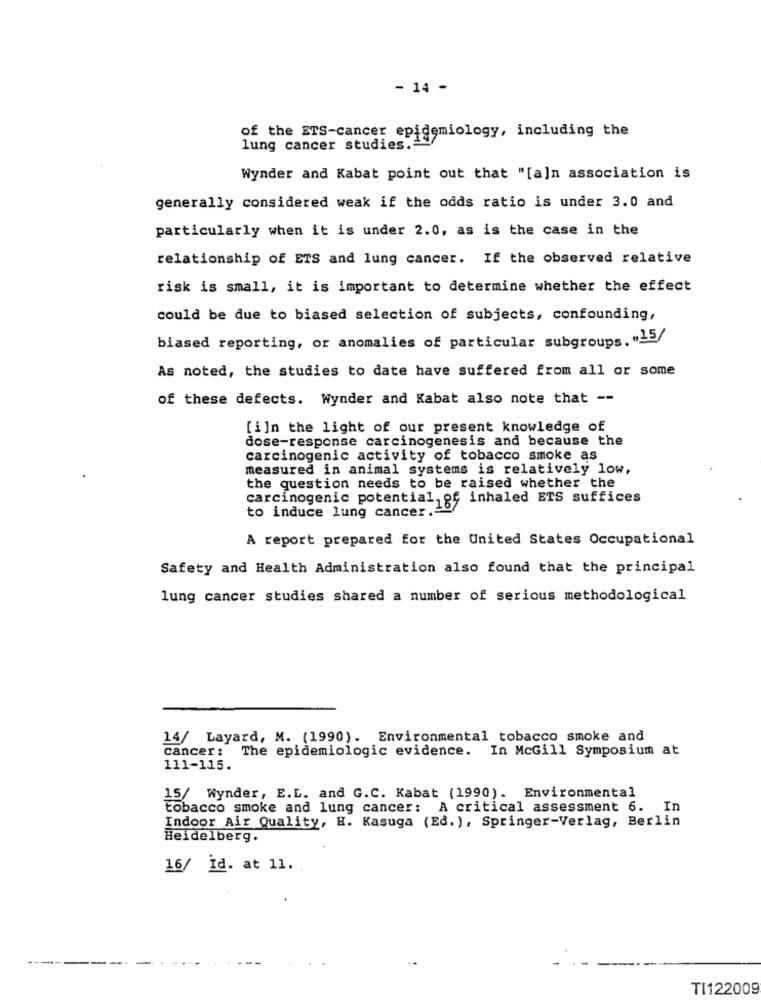
- 14 -
of the ETS-cancer epidemiology, including the
lung cancer studies.
Wynder and Kabat point out that "[a]n association is
generally considered weak if the odds ratio is under 3.0 and
particularly when it is under 2.0, as is the case in the
relationship of ETS and lung cancer. If the observed relative
risk is small, it is important to determine whether the effect
could be due to biased selection of subjects, confounding,
biased reporting, or anomalies of particular subgroups. "15/
As noted, the studies to date have suffered from all or some
of these defects. Wynder and Kabat also note that --
[i]n the light of our present knowledge of
dose-response carcinogenesis and because the
carcinogenic activity of tobacco smoke as
measured in animal systems is relatively low,
the question needs to be raised whether the
carcinogenic potential, of inhaled ETS suffices
to induce lung cancer .-
A report prepared for the United States Occupational
Safety and Health Administration also found that the principal
lung cancer studies shared a number of serious methodological
14/ Layard, M. (1990). Environmental tobacco smoke and
cancer: The epidemiologic evidence. In McGill Symposium at
111-115.
15/ Wynder, E.L. and G.C. Kabat (1990). Environmental
tobacco smoke and lung cancer: A critical assessment 6. In
Indoor Air Quality, H. Kasuga (Ed.), Springer-Verlag, Berlin
Heidelberg.
16/ Id. at 11.
-
-
TI122009